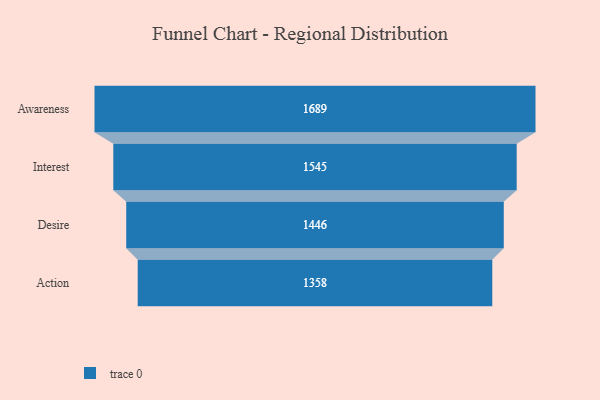
{"axis": {"x": "Stage", "y": "Value"}, "legend": [""], "data": [{"x": "Awareness", "y": 1689.0, "type": ""}, {"x": "Interest", "y": 1545.0, "type": ""}, {"x": "Desire", "y": 1446.0, "type": ""}, {"x": "Action", "y": 1358.0, "type": ""}]}